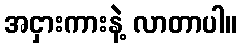
အငှားကားနဲ့ လာတာပါ။